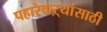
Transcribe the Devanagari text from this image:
पहारेकऱ्यांसाठी